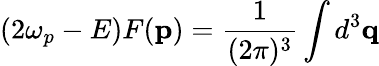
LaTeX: (2\omega_{p}-E)F(\mathbf{p})=\frac{1}{(2\pi)^{3}}\int d^{3}\mathbf{q}